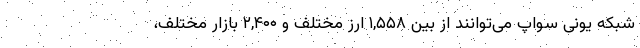
شبکه یونی سواپ می‌توانند از بین ۱,۵۵۸ ارز مختلف و ۲,۴۰۰ بازار مختلف،